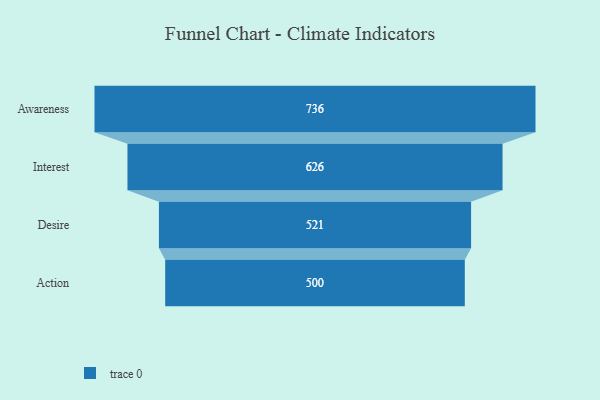
{"axis": {"x": "Stage", "y": "Value"}, "legend": [""], "data": [{"x": "Awareness", "y": 736.0, "type": ""}, {"x": "Interest", "y": 626.0, "type": ""}, {"x": "Desire", "y": 521.0, "type": ""}, {"x": "Action", "y": 500, "type": ""}]}